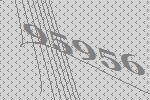
95956